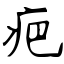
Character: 疤